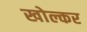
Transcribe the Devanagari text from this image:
खोल्कर